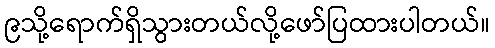
၉သို့ရောက်ရှိသွားတယ်လို့ဖော်ပြထားပါတယ်။